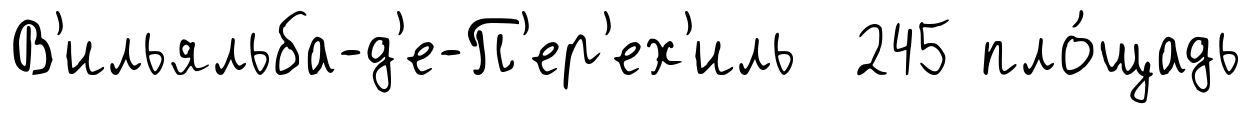
В'ильяльба-д'е-П'ер'ех'иль 245 пло́щадь